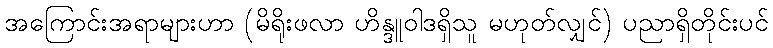
အကြောင်းအရာများဟာ (မိရိုးဖလာ ဟိန္ဒူဝါဒရှိသူ မဟုတ်လျှင်) ပညာရှိတိုင်းပင်